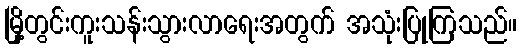
မြို့တွင်းကူးသန်းသွားလာရေးအတွက် အသုံးပြုကြသည်။